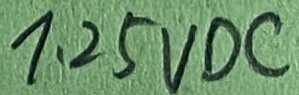
Text: 1.25VDC